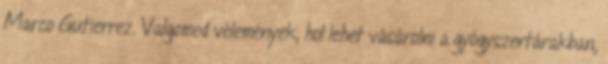
Marco Gutierrez. Valgomed vélemények, hol lehet vásárolni a gyógyszertárakban,